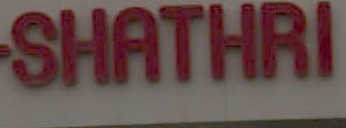
SHATHRI